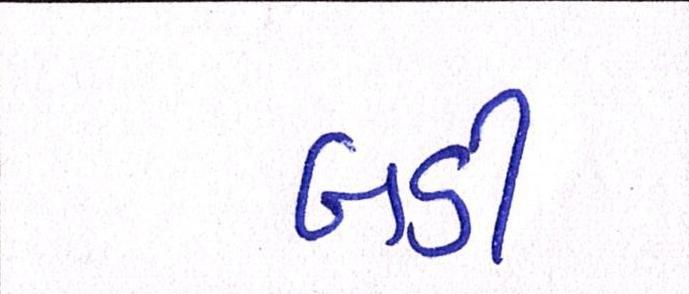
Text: બડી